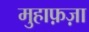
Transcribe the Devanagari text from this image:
मुहाफ़ज़ा